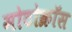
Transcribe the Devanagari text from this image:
मोटोक्राॅस